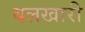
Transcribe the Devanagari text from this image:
बलखारी